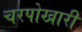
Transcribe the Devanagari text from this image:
चरपोखारी